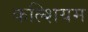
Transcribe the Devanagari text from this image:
कल्शियम